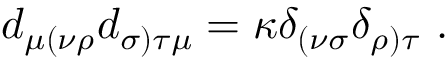
d _ { \mu ( \nu \rho } d _ { \sigma ) \tau \mu } = \kappa \delta _ { ( \nu \sigma } \delta _ { \rho ) \tau } \ .